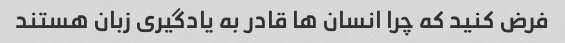
فرض کنید که چرا انسان ها قادر به یادگیری زبان هستند